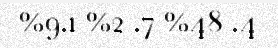
%9.1 %2 .7 %48 .4